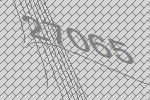
27065